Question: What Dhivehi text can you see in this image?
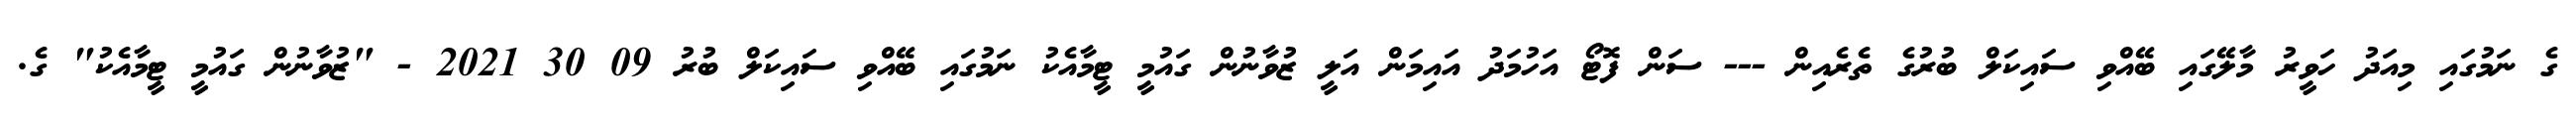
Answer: ގެ ނަމުގައި މިއަދު ހަވީރު މާލޭގައި ބޭއްވި ސައިކަލް ބުރުގެ ތެރެއިން --- ސަން ފޮޓޯ އަހުމަދު އައިމަން އަލީ ޒުވާނުން ގައުމީ ޓީމާއެކު ނަމުގައި ބޭއްވި ސައިކަލް ބުރު 09 30 2021 - "ޒުވާނުން ގައުމީ ޓީމާއެކު" ގެ.